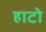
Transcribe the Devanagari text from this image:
हाटो